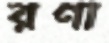
রণা